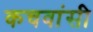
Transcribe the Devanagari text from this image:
कचवांसी